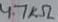
Text: 4.7KΩ